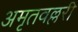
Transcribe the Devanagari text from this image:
अमृतवल्लरी